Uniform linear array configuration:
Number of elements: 8
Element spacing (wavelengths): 0.75
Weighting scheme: exponential
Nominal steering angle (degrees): -15
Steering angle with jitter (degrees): -15.368
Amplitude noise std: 0.05
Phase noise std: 0.05

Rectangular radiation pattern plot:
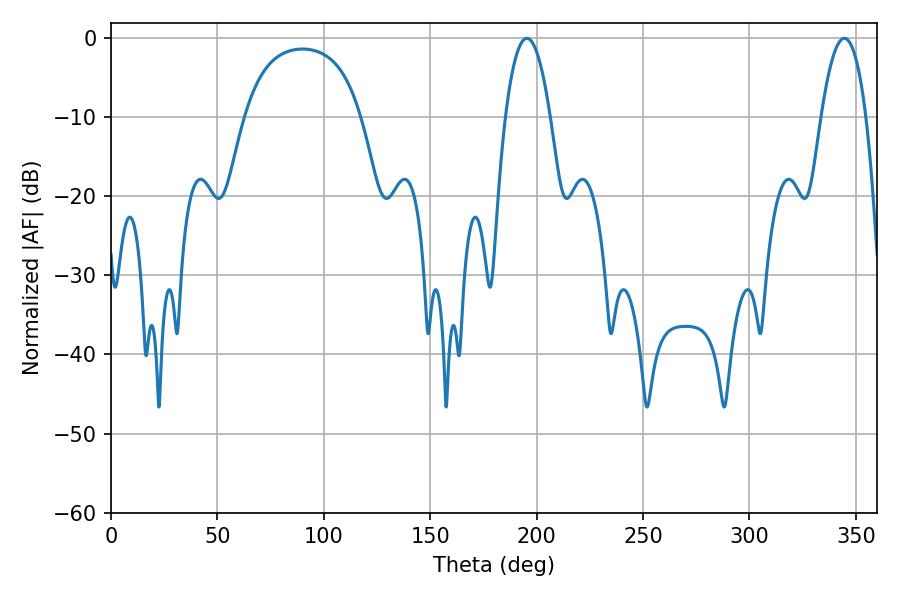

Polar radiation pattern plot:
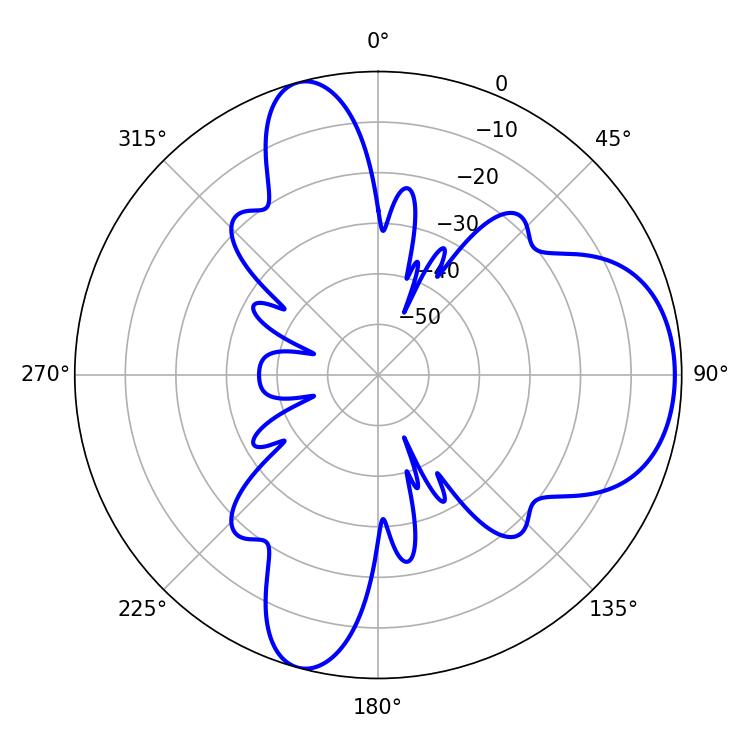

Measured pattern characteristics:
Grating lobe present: TRUE
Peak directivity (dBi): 7.612
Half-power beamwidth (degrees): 11.7
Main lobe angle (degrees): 195.48